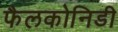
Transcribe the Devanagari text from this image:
फैलकोनिडी